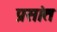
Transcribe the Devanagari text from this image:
प्रसांत